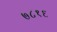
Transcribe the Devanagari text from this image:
७८१६